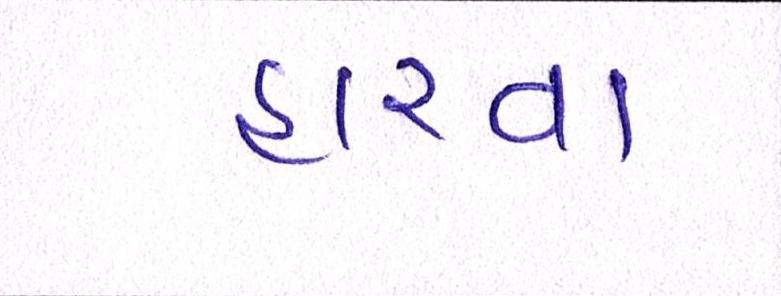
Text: હારવા